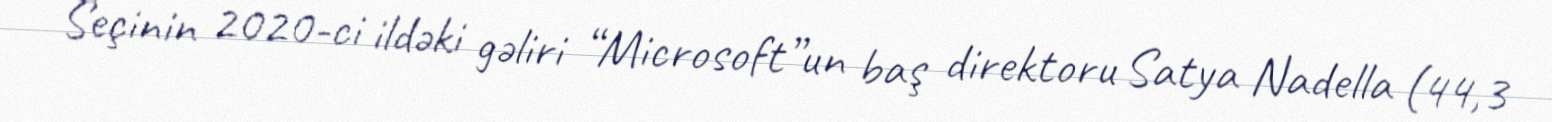
Seçinin 2020-ci ildəki gəliri “Microsoft”un baş direktoru Satya Nadella (44,3